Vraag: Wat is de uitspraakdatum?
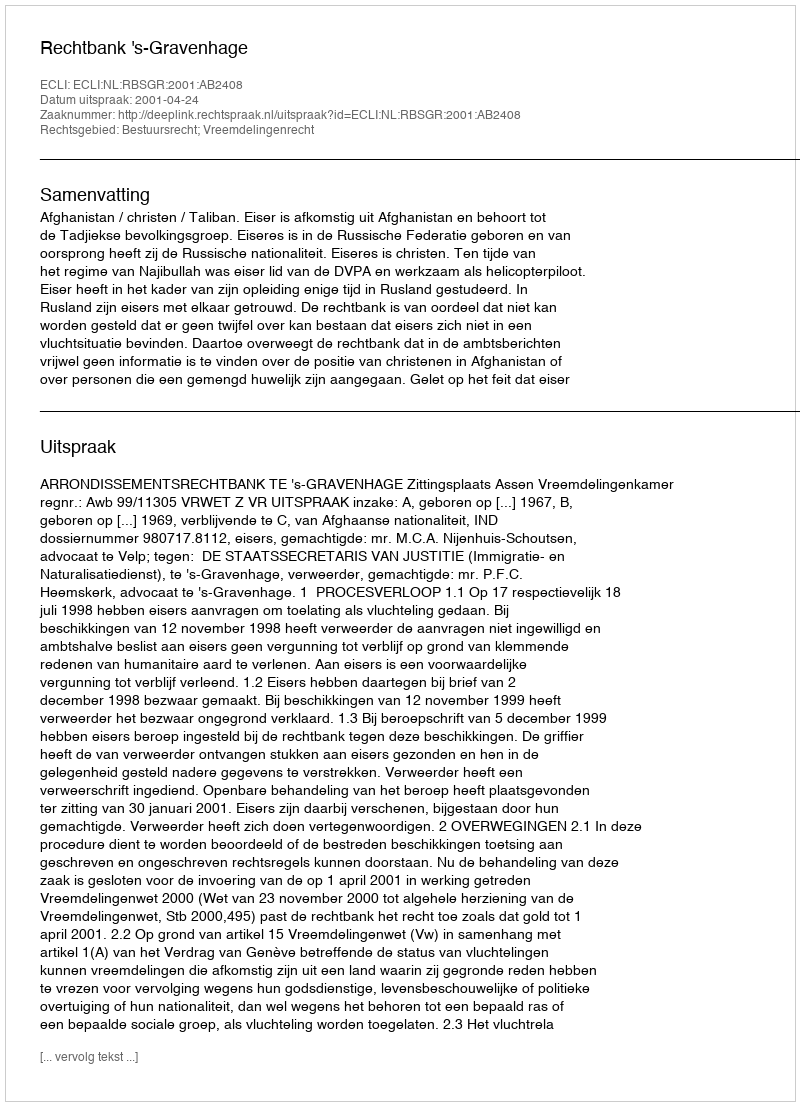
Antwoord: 2001-04-24